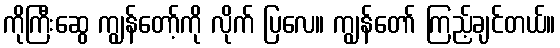
ကိုကြီးဆွေ ကျွန်တော့်ကို လိုက် ပြလေ။ ကျွန်တော် ကြည့်ချင်တယ်။